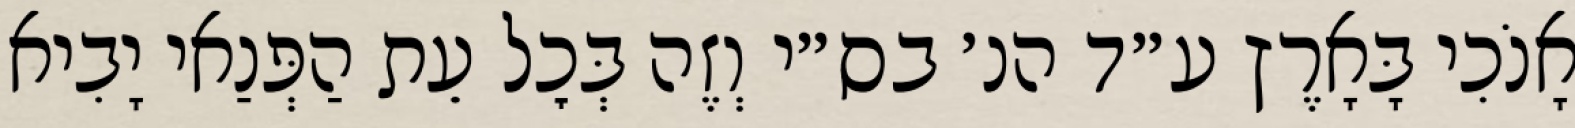
אָנֹכִי בָּאָרֶץ ע״ד הנ׳ בס״י וְזֶה בְּכׇל עֵת הַפְּנַאי יָבִיא